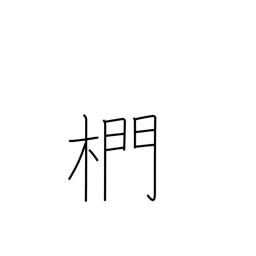
Meaning: oak used for charcoal